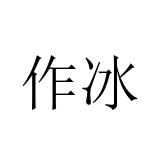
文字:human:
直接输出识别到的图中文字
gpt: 作冰